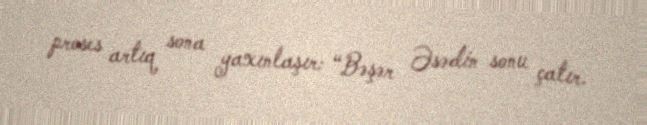
proses artıq sona yaxınlaşır: “Bəşər Əsədin sonu çatır.